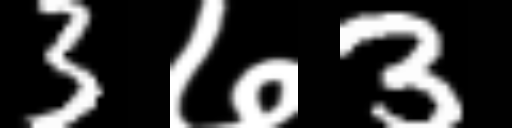
Text: 3७3